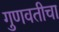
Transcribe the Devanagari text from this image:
गुणवतीचा